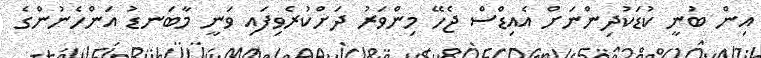
އިން ބުނީ ކުޑަކުދިންނަށް އެއިޑްސް ޖެހޭ މިންވަރު ދަށްކުރެވިފައި ވަނީ މާބަނޑު އަންހެނުންގެ